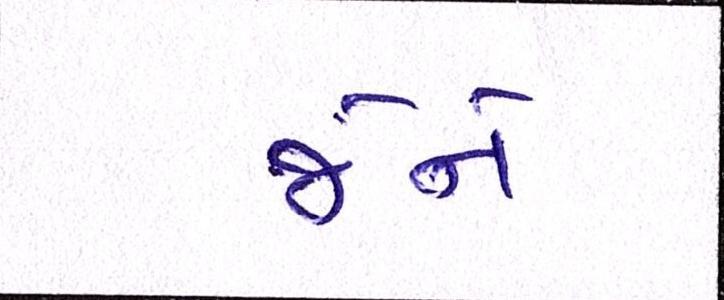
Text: જેને